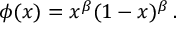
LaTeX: \phi ( x ) = x ^ { \beta } ( 1 - x ) ^ { \beta } \, .